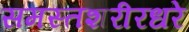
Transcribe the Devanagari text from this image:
समस्तशरीरधरे